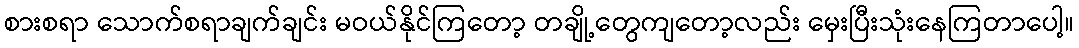
စားစရာ သောက်စရာချက်ချင်း မဝယ်နိုင်ကြတော့ တချို့တွေကျတော့လည်း မှေးပြီးသုံးနေကြတာပေါ့။